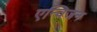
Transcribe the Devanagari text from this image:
एन्विजन